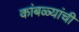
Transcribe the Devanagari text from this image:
कांबळ्यांची